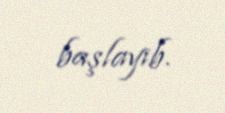
başlayıb.